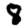
Digit: 8